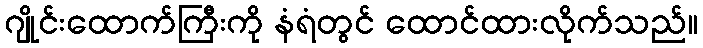
ဂျိုင်းထောက်ကြီးကို နံရံတွင် ထောင်ထားလိုက်သည်။